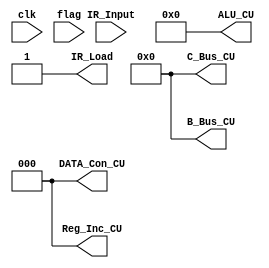
`timescale 1ns / 1ps


module CU(clk,
			 C_Bus_CU,
			 B_Bus_CU,
			 DATA_Con_CU,
			 ALU_CU,
			 Reg_Inc_CU,
			 IR_Input,
			 IR_Load,
			 flag
			 
    );

output [4:0] C_Bus_CU;
output [4:0] B_Bus_CU;
output [2:0] DATA_Con_CU;
output [3:0] ALU_CU;
output [2:0] Reg_Inc_CU;
output IR_Load;

input [7:0] IR_Input;
input flag;
input clk;

reg [20:0] Main_Control_Signal;

//assign Control Signal
assign C_Bus_CU[4] = Main_Control_Signal[20];
assign C_Bus_CU[3] = Main_Control_Signal[19];
assign C_Bus_CU[2] = Main_Control_Signal[18];
assign C_Bus_CU[1] = Main_Control_Signal[17];
assign C_Bus_CU[0] = Main_Control_Signal[16];

assign Reg_Inc_CU[2] = Main_Control_Signal[15];
assign Reg_Inc_CU[1] = Main_Control_Signal[14];
assign Reg_Inc_CU[0] = Main_Control_Signal[13];

assign B_Bus_CU[4] = Main_Control_Signal[12];
assign B_Bus_CU[3] = Main_Control_Signal[11];
assign B_Bus_CU[2] = Main_Control_Signal[10];
assign B_Bus_CU[1] = Main_Control_Signal[9];
assign B_Bus_CU[0] = Main_Control_Signal[8];

assign ALU_CU[3] = Main_Control_Signal[7];
assign ALU_CU[2] = Main_Control_Signal[6];
assign ALU_CU[1] = Main_Control_Signal[5];
assign ALU_CU[0] = Main_Control_Signal[4];

assign DATA_Con_CU[2] = Main_Control_Signal[3];
assign DATA_Con_CU[1] = Main_Control_Signal[2];
assign DATA_Con_CU[0] = Main_Control_Signal[1];

assign IR_Load = Main_Control_Signal[0];

initial begin

 Main_Control_Signal = 21'b1;
end
endmodule